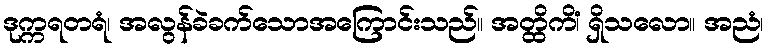
ဒုက္ကရတရံ၊ အလွန်ခဲခက်သောအကြောင်းသည်။ အတ္ထိကိံ၊ ရှိသလော။ အညံ၊